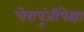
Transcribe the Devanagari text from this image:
चेरापुंजीपेक्षा